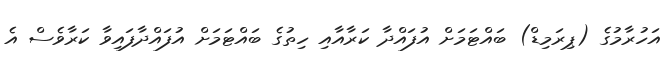
އަހުރާމުގެ (ޕިރަމިޑް) ބައްޓަމަށް އުފައްދާ ކަރާއާއި ހިތުގެ ބައްޓަމަށް އުފައްދާފައިވާ ކަރާވެސް އެ